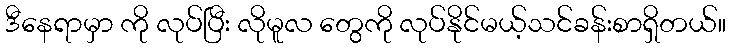
ဒီနေရာမှာ ကို လုပ်ပြီး လိုမူလ တွေကို လုပ်နိုင်မယ့်သင်ခန်းစာရှိတယ်။